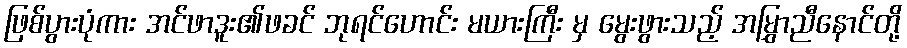
ဖြစ်ပွားပုံကား အင်ဖာဒူး၏ဖခင် ဘုရင်ဟောင်း မယားကြီး မှ မွေးဖွားသည့် အမြွှာညီနောင်တို့